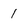
Character: 1